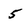
Character: 5